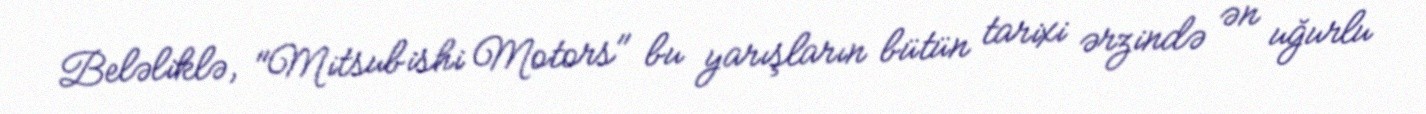
Beləliklə, "Mitsubishi Motors" bu yarışların bütün tarixi ərzində ən uğurlu